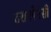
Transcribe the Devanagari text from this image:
टरानपेरंसी